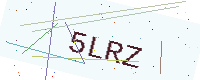
Text: 5LRZ